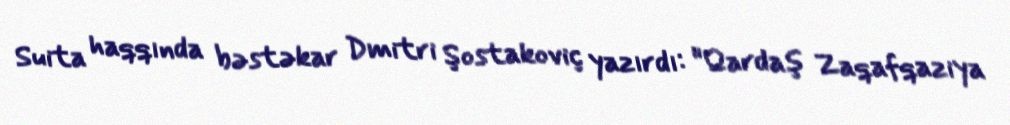
Suita haqqında bəstəkar Dmitri Şostakoviç yazırdı: "Qardaş Zaqafqaziya